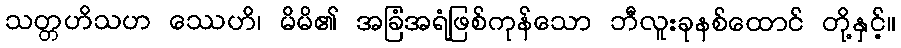
သတ္တဟိသဟ ဿေဟိ၊ မိမိ၏ အခြံအရံဖြစ်ကုန်သော ဘီလူးခုနစ်ထောင် တို့နှင့်။